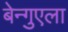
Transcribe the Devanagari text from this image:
बेन्गुएला